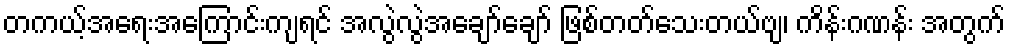
တကယ့်အရေးအကြောင်းကျရင် အလွဲလွဲအချော်ချော် ဖြစ်တတ်သေးတယ်ဗျ၊ ကိန်းဂဏန်း အတွက်